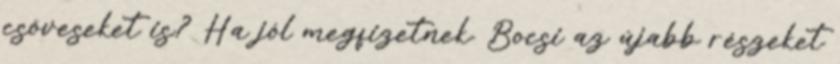
csöveseket is? Ha jól megfizetnek. Bocsi az újabb részeket